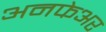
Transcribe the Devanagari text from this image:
अनफेअर